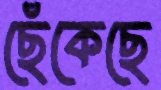
ছেঁকেছে